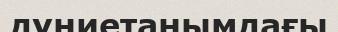
дүниетанымдағы